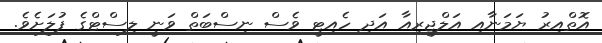
އޮތްއިރު ޔަމަނާއި އަލްޖީރިއާ އަދި ހެއިޓީ ވެސް ނިސްބަތް ވަނީ ލިސްޓްގެ ފުލަށެވެ.